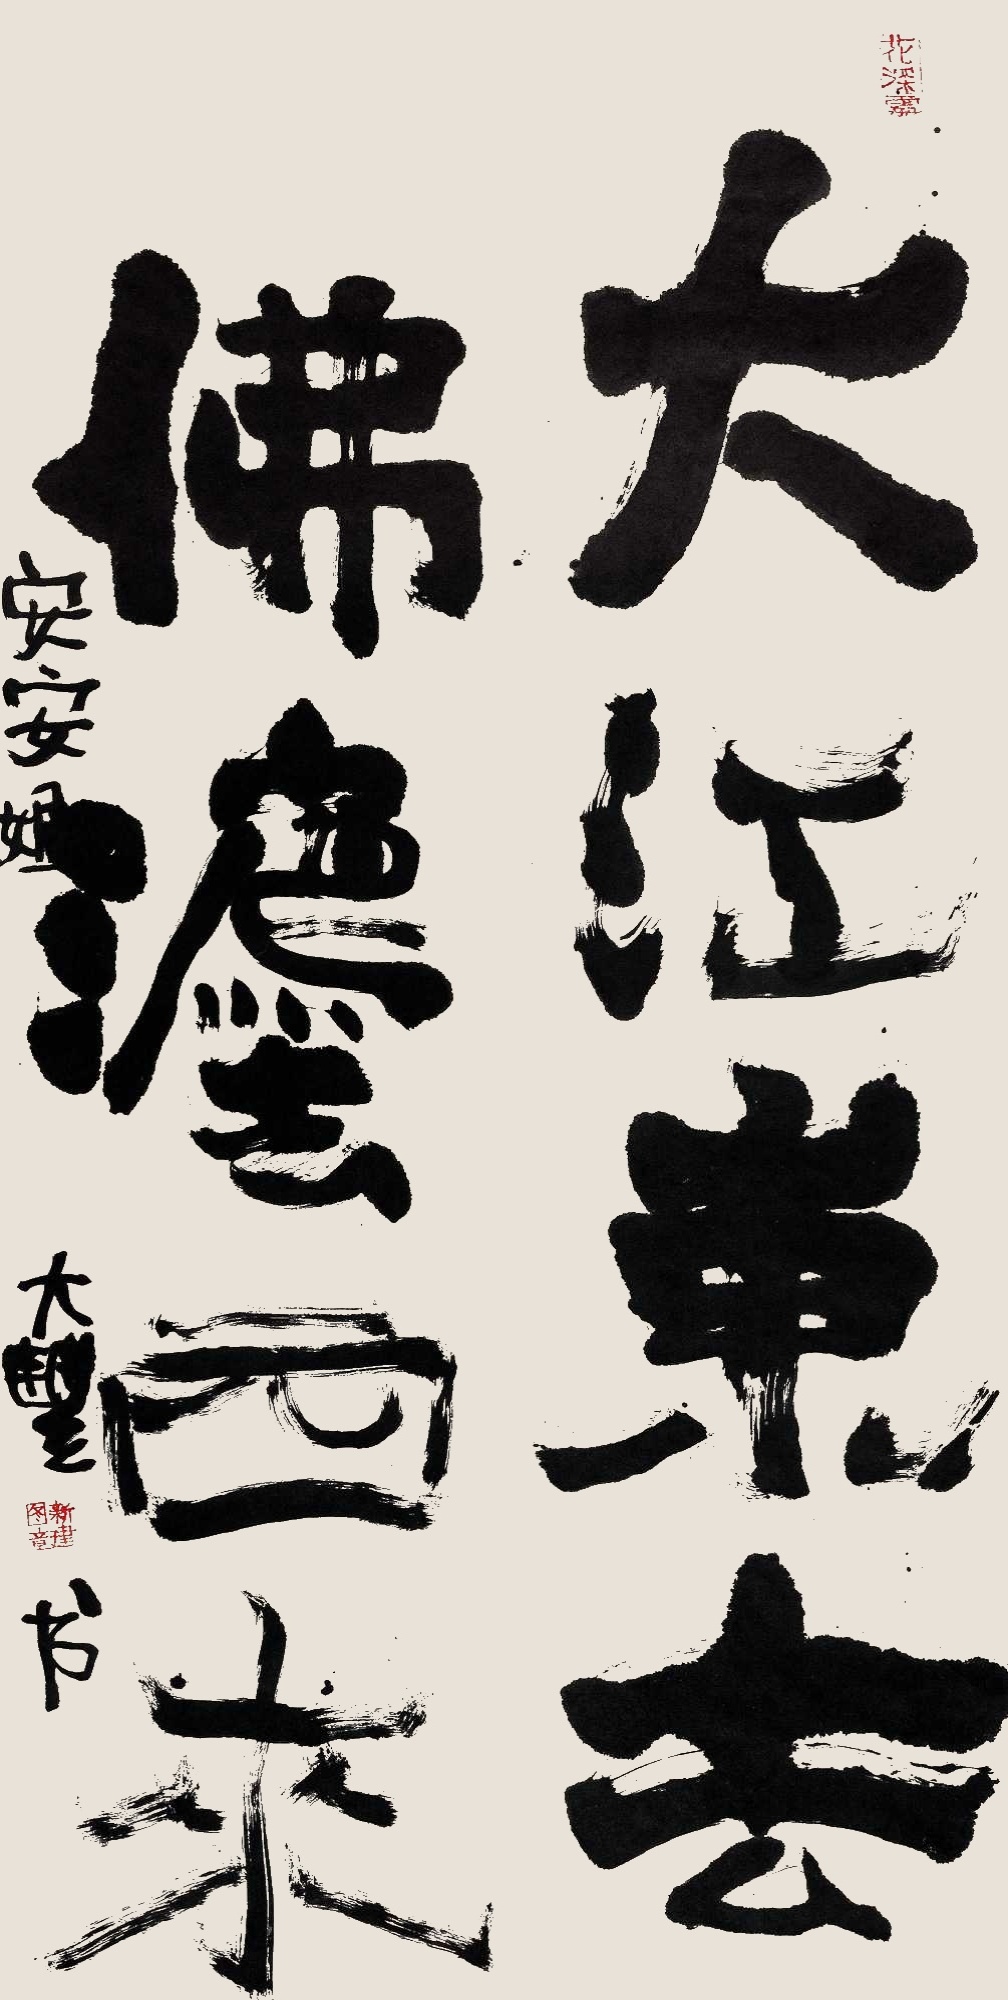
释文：大江东去，佛法西来。安安姐，大丰书。